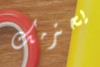
يحترمك